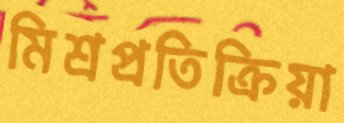
মিশ্রপ্রতিক্রিয়া